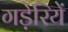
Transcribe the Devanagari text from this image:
गड़ेरियें